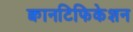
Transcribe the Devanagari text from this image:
क्वानटिफिकेशन